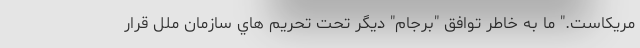
مریکاست." ما به خاطر توافق "برجام" ديگر تحت تحريم هاي سازمان ملل قرار